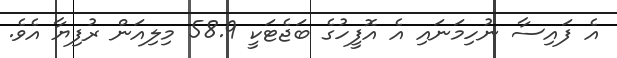
އެ ފައިސާ ނުހިމަނައި އެ އޮފީހުގެ ބަޖެޓަކީ 58.9 މިލިއަން ރުފިޔާ އެވެ.